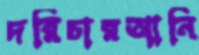
দরিচারআনি